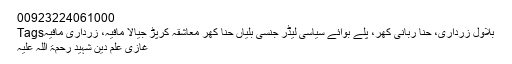
00923224061000
Tagsبلاول زرداری، حنا ربانی کھر، پلے بوائے سیاسی لیڈر جنسی بلیاں حنا کھر معاشقہ کرپڑ جیالا مافیہ، زرداری مافیہ
غازی علم دین شہید رحمۃ اللہ علیہ